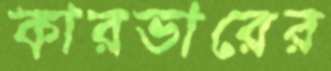
কারভারের